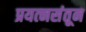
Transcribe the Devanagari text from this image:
प्रयत्‍नसंतून